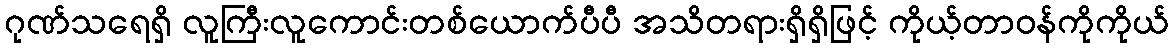
ဂုဏ်သရေရှိ လူကြီးလူကောင်းတစ်ယောက်ပီပီ အသိတရားရှိရှိဖြင့် ကိုယ့်တာဝန်ကိုကိုယ်